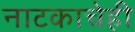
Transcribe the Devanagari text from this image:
नाटकाचेही